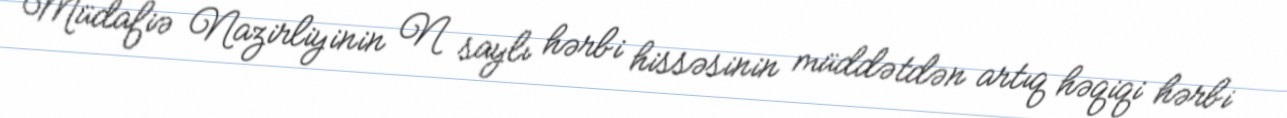
Müdafiə Nazirliyinin N saylı hərbi hissəsinin müddətdən artıq həqiqi hərbi